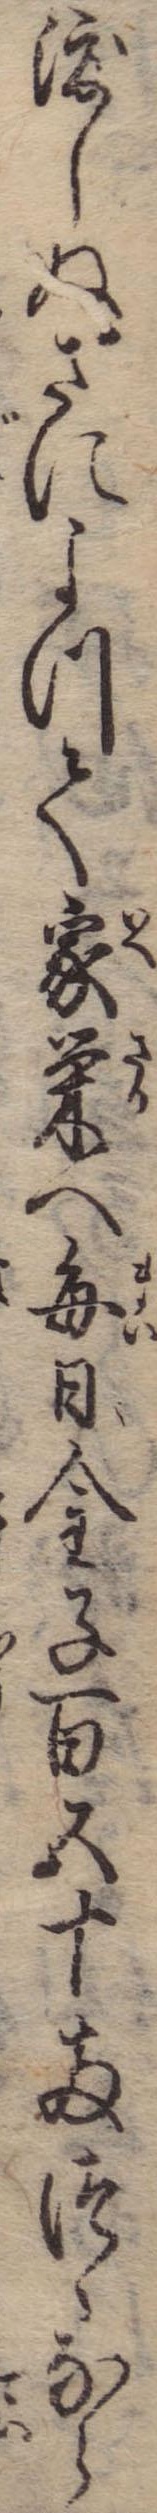
渡しぬさによつて家栄へ毎日金子百五十両つゝなら